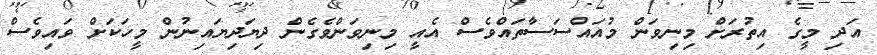
އަދި މީގެ އިތުރަށް މިނިވަން މުއައްސަސާތައްވެސް އެއީ މިނިވަންވެގެން ދިޔަދިޔައިނުން މީހަކަށް ވައިވެސް